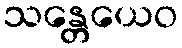
သန္တေယေဝ